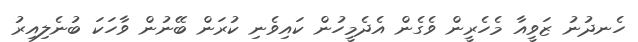
ހެނދުނު ޒަވީއާ މެހެރީން ވެގެން އެދެމީހުން ކައިވެނި ކުރަން ބޭނުން ވާހަކަ ބުނެލިއިރު